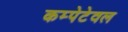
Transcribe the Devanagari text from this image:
कम्पेटेवल